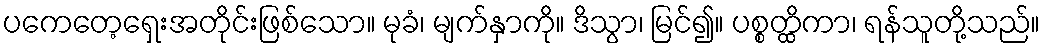
ပကေတေ့ရှေးအတိုင်းဖြစ်သော။ မုခံ၊ မျက်နှာကို။ ဒိသွာ၊ မြင်၍။ ပစ္စတ္ထိကာ၊ ရန်သူတို့သည်။